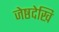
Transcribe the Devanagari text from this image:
जेष्ठदेखि